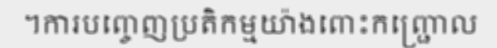
។ការបញ្ចេញប្រតិកម្មយ៉ាងពោះកញ្ជ្រោល